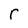
Character: r